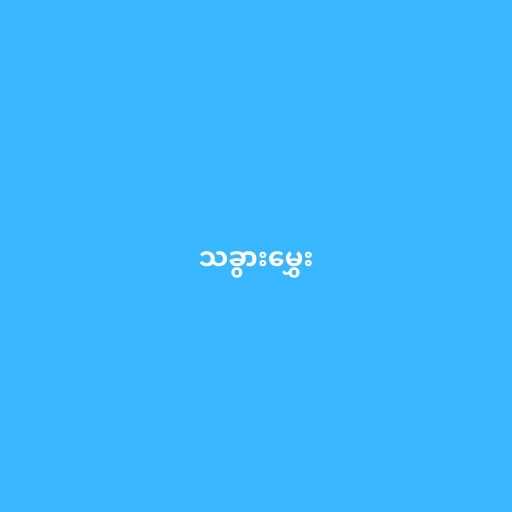
သခွားမွှေး